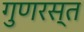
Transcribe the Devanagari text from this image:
गुणरस्त